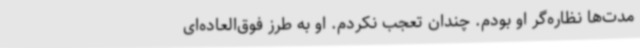
مدت‌ها نظاره‌گر او بودم. چندان تعجب نکردم. او به طرز فوق‌العاده‌ای